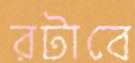
রটাবে